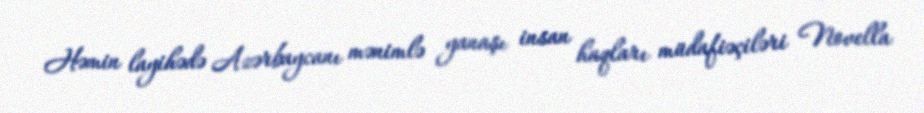
Həmin layihədə Azərbaycanı mənimlə yanaşı insan haqları müdafiəçiləri Novella